Report on the lunatic asylums under the Government of Bombay - 1904-1913
Year: 1904
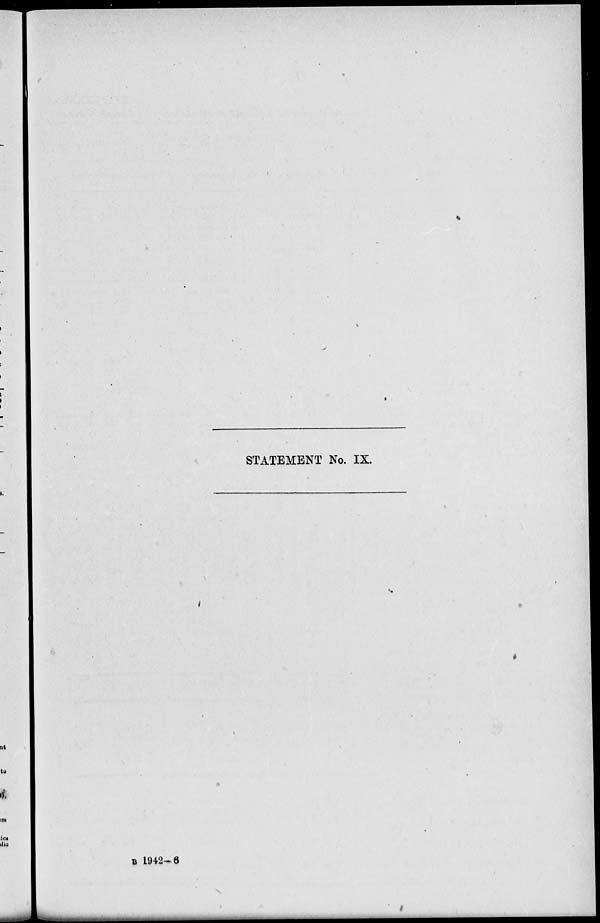
STATEMENT No. IX.
B 1942-6